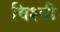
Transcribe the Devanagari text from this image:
विश्वी